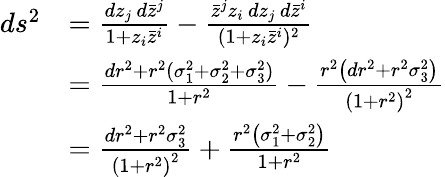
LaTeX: {\begin{array}{rl}{ds^{2}}&{={\frac{dz_{j}\, d{\bar{z}}^{j}}{1+z_{i}{\bar{z}}^{i}}}-{\frac{{\bar{z}}^{j}z_{i}\, dz_{j}\, d{\bar{z}}^{i}}{(1+z_{i}{\bar{z}}^{i})^{2}}}}\\ &{={\frac{dr^{2}+r^{2}(\sigma_{1}^{2}+\sigma_{2}^{2}+\sigma_{3}^{2})}{1+r^{2}}}-{\frac{r^{2}\left(dr^{2}+r^{2}\sigma_{3}^{2}\right)}{\left(1+r^{2}\right)^{2}}}}\\ &{={\frac{dr^{2}+r^{2}\sigma_{3}^{2}}{\left(1+r^{2}\right)^{2}}}+{\frac{r^{2}\left(\sigma_{1}^{2}+\sigma_{2}^{2}\right)}{1+r^{2}}}}\end{array}}